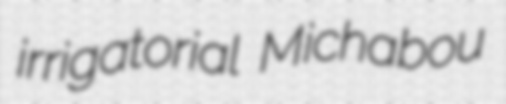
irrigatorial Michabou